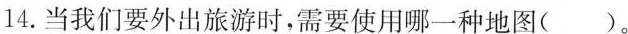
14.当我们要外出旅游时，需要使用哪一种地图()。